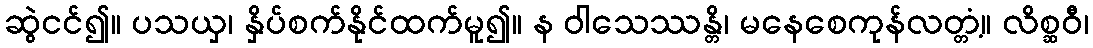
ဆွဲငင်၍။ ပသယှ၊ နှိပ်စက်နိုင်ထက်မူ၍။ န ဝါသေဿန္တိ၊ မနေစေကုန်လတ္တံ့။ လိစ္ဆဝီ၊